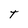
Character: T